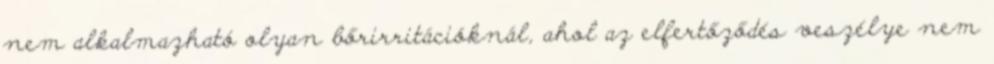
nem alkalmazható olyan bőrirritációknál, ahol az elfertőződés veszélye nem